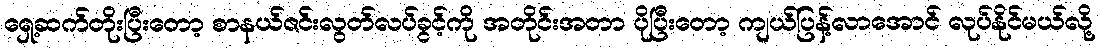
ရှေ့ဆက်တိုးပြီးတော့ စာနယ်ဇင်းလွတ်လပ်ခွင့်ကို အတိုင်းအတာ ပိုပြီးတော့ ကျယ်ပြန့်လာအောင် လုပ်နိုင်မယ်လို့